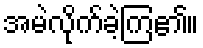
အမဲလိုက်ခဲ့ကြ၏။